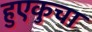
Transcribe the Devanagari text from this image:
हुएकुचा